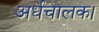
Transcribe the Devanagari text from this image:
अर्धचालक।